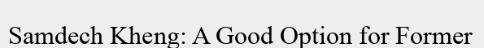
Samdech Kheng: A Good Option for Former